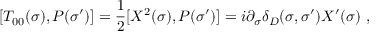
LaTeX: [ T _ { 0 0 } ( \sigma ) , P ( \sigma ^ { \prime } ) ] = \frac { 1 } { 2 } [ X ^ { 2 } ( \sigma ) , P ( \sigma ^ { \prime } ) ] = i \partial _ { \sigma } \delta _ { D } ( \sigma , \sigma ^ { \prime } ) X ^ { \prime } ( \sigma ) \ ,